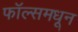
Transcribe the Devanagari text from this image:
फॉल्समधून